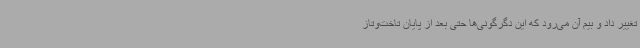
تغییر داد و بیم آن می‌رود که این دگرگونی‌ها حتی بعد از پایان تاخت‌وتاز